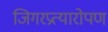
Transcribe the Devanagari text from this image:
जिगरप्रत्यारोपण